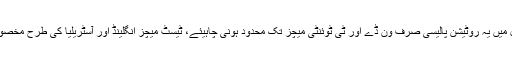
انہوں نے کہا کہ میرے خیال میں یہ روٹیشن پالیسی صرف ون ڈے اور ٹی ٹوئنٹی میچز تک محدود ہونی چاہیئے، ٹیسٹ میچز انگلینڈ اور آسٹریلیا کی طرح مخصوص سینٹرز پر ہونے چاہیئں۔